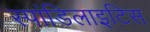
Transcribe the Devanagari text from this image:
स्पांडिलाइटिस